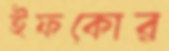
ইফকোর